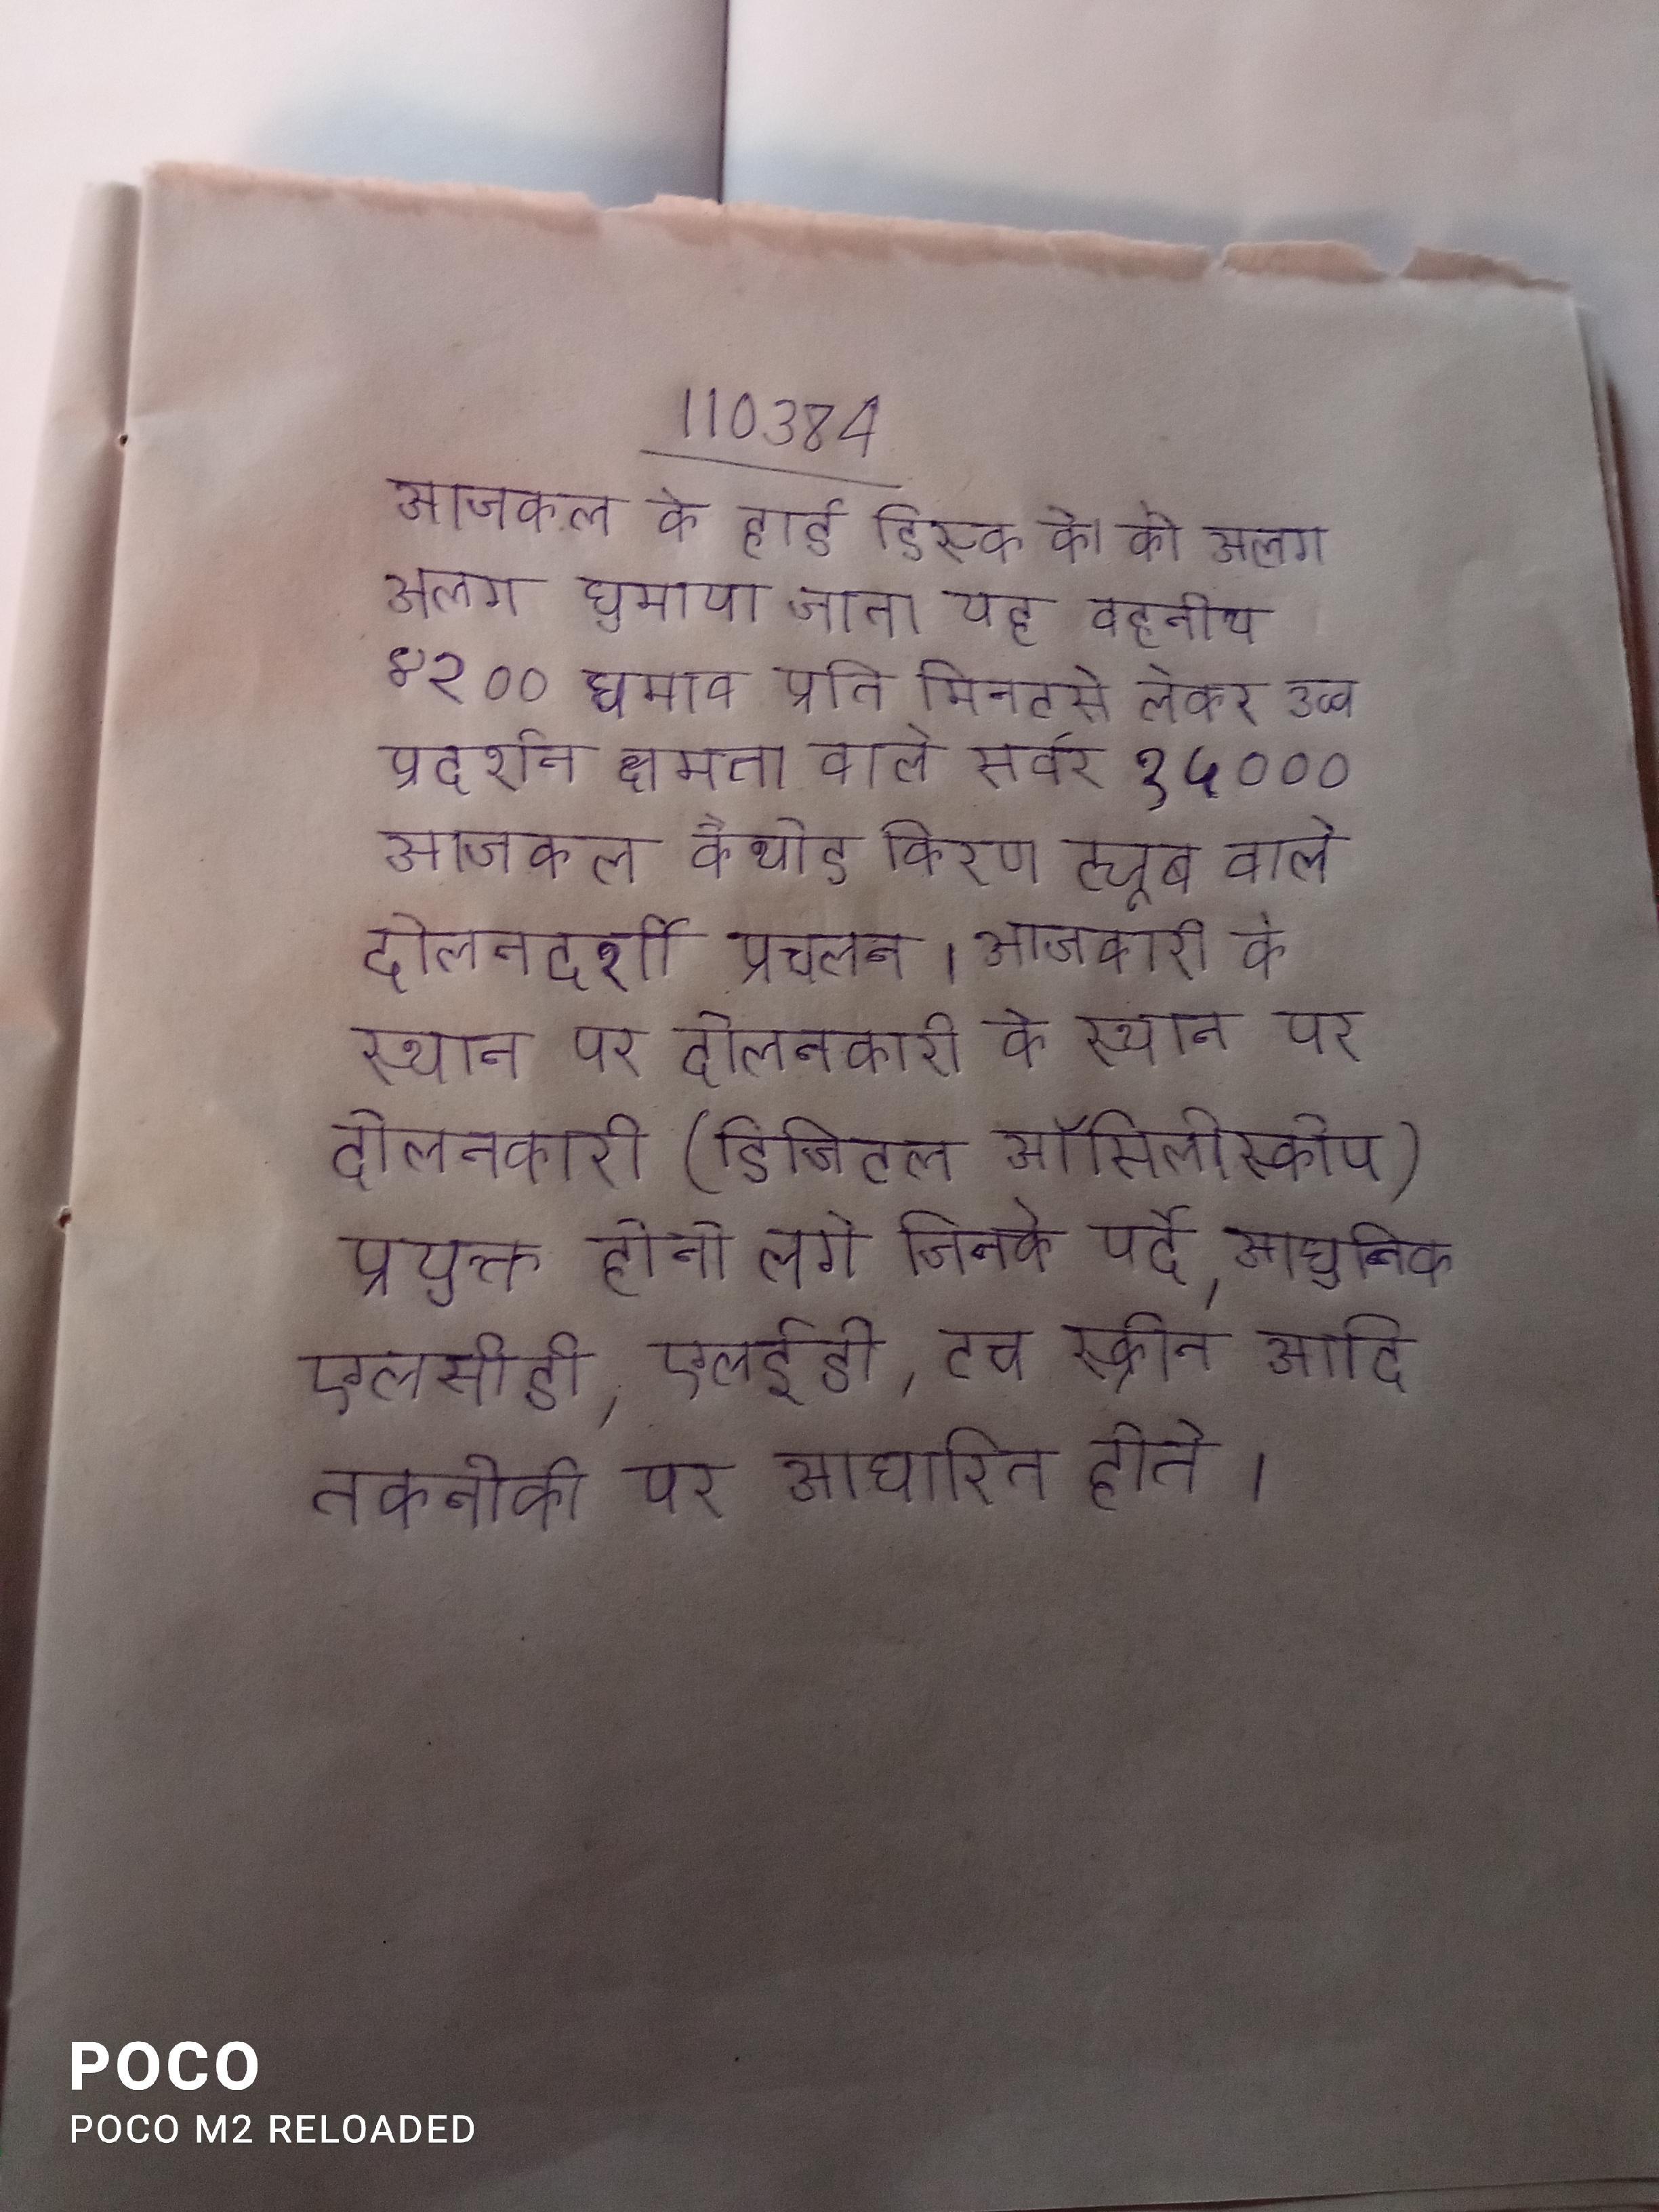
आजकल के हार्ड डिस्क के को अलग अलग घुमाया जाता यह वहनीय ४२०० घुमाव प्रति मिनटसे लेकर उच्च प्रदर्शन क्षमता वाले सर्वर १५००० आरपीएम तक होती । आजकल कैथोड किरण ट्यूब वाले दोलनदर्शी प्रचलन । आजकल कैथोड किरण दोलनकारी के स्थान पर दोलनकारी (डिजिटल ऑसिलोस्कोप) प्रयुक्त होने लगे जिनके पर्दे, आधुनिक एलसीडी, एलईडी, टच स्क्रीन आदि तकनीकी पर आधारित होते ।